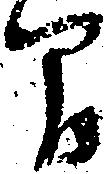
間